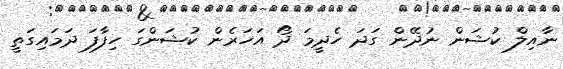
ނާއިލް ކުޝަން ނުދޭން ގަދަ ހެދީމަ ދޯ އަހަރެން ކުޝަންގަ ހިފާފަ ދަމައިގަތީ